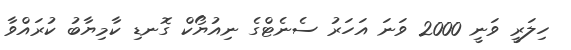
ހިލަރީ ވަނީ 2000 ވަނަ އަހަރު ސެނެޓްގެ ނިއުޔޯކް ގޮނޑި ކާމިޔާބު ކުރައްވާ